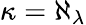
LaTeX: \kappa=\aleph_{\lambda}